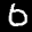
Label: 6